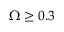
\Omega \ge 0 . 3